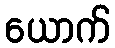
ယောက်